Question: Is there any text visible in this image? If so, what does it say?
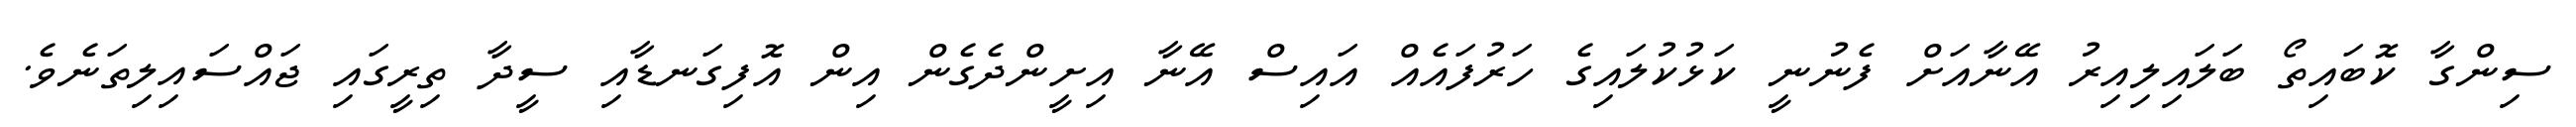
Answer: ސިންގާ ކޮބައިތޯ ބަލައިލިއިރު އޭނާއަށް ފެނުނީ ކަޅުކުލައިގެ ހަރުފައެއް އައިސް އޭނާ އިށީންދެގެން އިން އޮފިގަނޑާއި ސީދާ ތިރީގައި ޖައްސައިލިތަނެވެ.